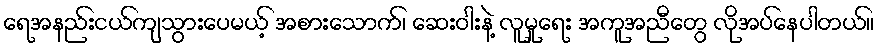
ရေအနည်းငယ်ကျသွားပေမယ့် အစားသောက်၊ ဆေးဝါးနဲ့ လူမှုရေး အကူအညီတွေ လိုအပ်နေပါတယ်။